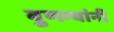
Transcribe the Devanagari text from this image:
बुणग्यांनी